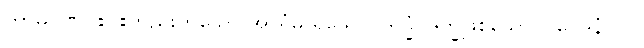
ကာမဂုဏ်ငါးပါးတည်းဟူသော အာရုံမ ရှိသော။ ဒုက္ခံ၊ ဒုက္ခဖြစ်သော။ (ဝေဒနံ) ဝါ၊